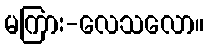
မကြား-လေသလော။